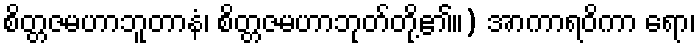
စိတ္တဇမဟာဘူတာနံ၊ စိတ္တဇမဟာဘုတ်တို့၏။) အာကာရဝိကာ ရော၊